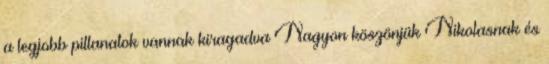
a legjobb pillanatok vannak kiragadva Nagyon köszönjük Nikolasnak és